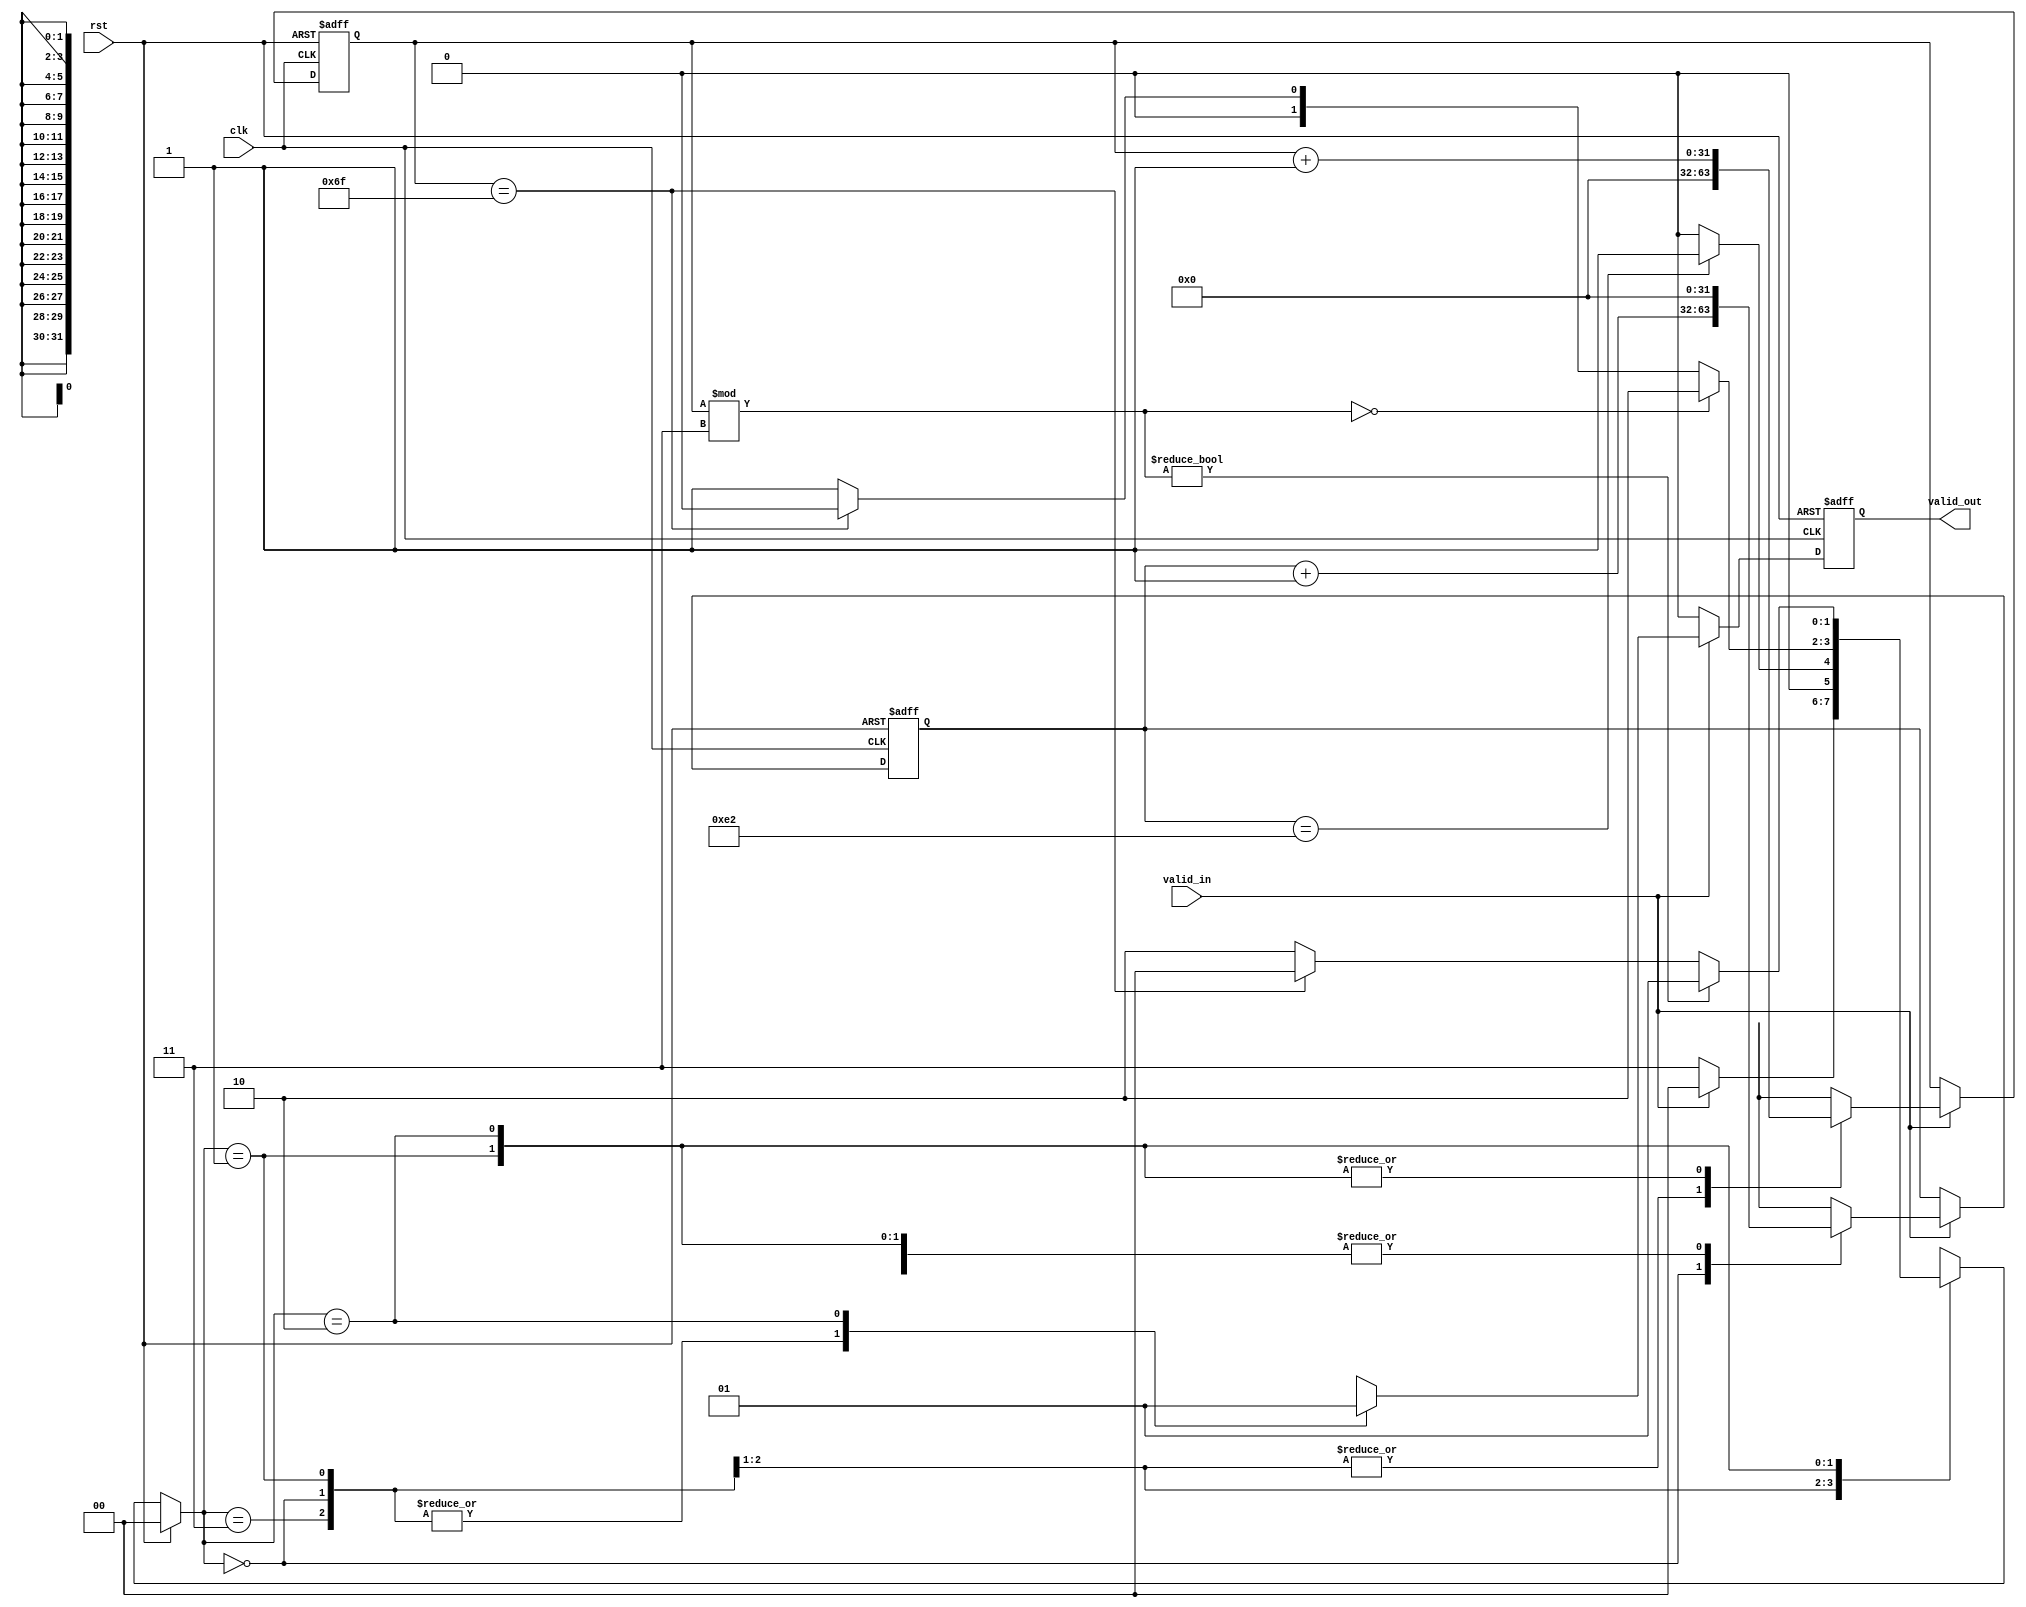
`define INLINE 2'b00

`define CACULATER 2'b01

`define PRINT 2'b10

`define NONE 2'b11

module control_lineMax3x3#(
    parameter WIDTH = 112
  )(
    input valid_in, clk, rst,
    output reg valid_out
  );
  parameter DIN = 2*WIDTH + 3;
  reg [31:0] k,j;
  reg [1:0] stage;
  reg [1:0] next_stage;
  
  always @(*)begin
      if(rst)begin
          stage  <= `INLINE;
      end
      else begin
          stage <= next_stage;
      end
  end
     
  always @(posedge clk or posedge rst)begin
      if(rst) begin
          k <= 32'b0;
          j <= 32'b0;
          valid_out <= 0;
      end
      else if(valid_in)begin
          case(stage)
          `NONE: begin
            	   k <= 32'b0;
                j <= 32'b0;
                valid_out <= 0; 
          end 
          `INLINE: begin
                k <= k + 1;
                j <= 32'd0;
                valid_out <= 0;
          end
          `CACULATER: begin
                k <= 32'd0;
                j = j + 1;
                valid_out <= 0;
          end
          `PRINT: begin
                k <= 32'd0;
                j = j + 1;
                valid_out <= 1;
          end
        endcase
      end
      else valid_out <= 0;
    end
    
  always @(*) begin
      case(stage)
        `NONE: begin
            if(valid_in)
                next_stage = `INLINE;
            else
                next_stage = `NONE;
          end
        `INLINE: begin
            if(k == DIN - 1)
                next_stage = `CACULATER;
            else
                next_stage = `INLINE;
          end
        `CACULATER: begin
            if(j % 3 == 0) 
                next_stage = `PRINT;
            else if(j == WIDTH - 1 ) 
                next_stage = `INLINE;
            else
                next_stage = `CACULATER;
          end
        `PRINT: begin
            if(j % 3 != 0) 
                next_stage = `CACULATER;
           	else if(j == WIDTH - 1 ) 
                next_stage = `INLINE;
            else
                next_stage = `PRINT;
          end
      endcase
  end
  
endmodule